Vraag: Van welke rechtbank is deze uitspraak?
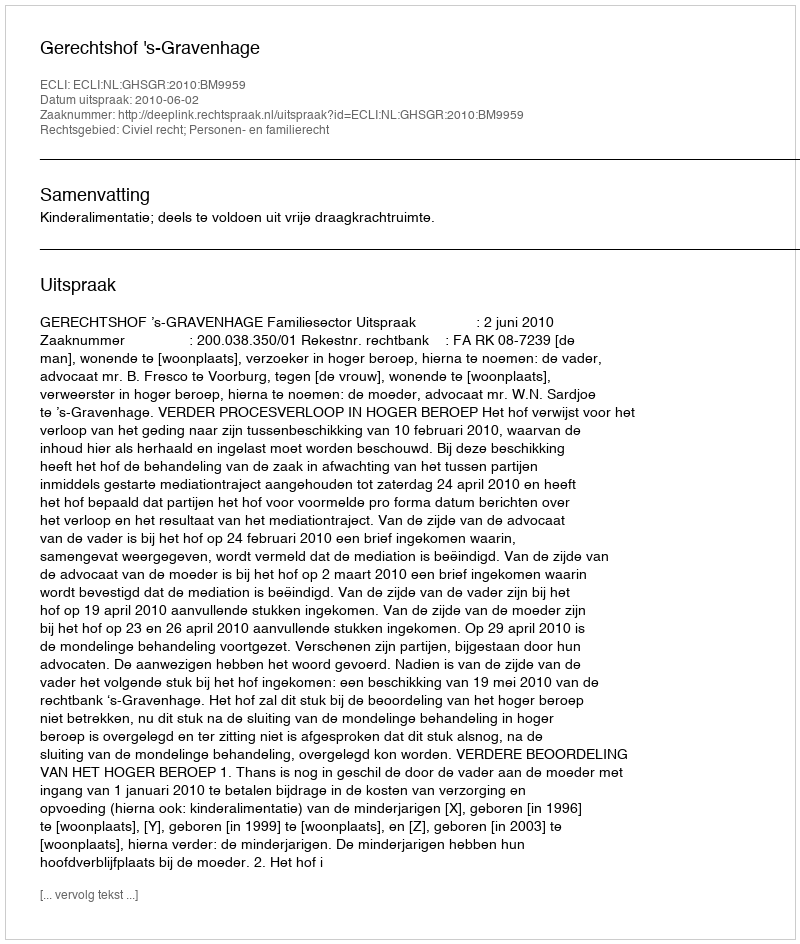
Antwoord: Gerechtshof 's-Gravenhage